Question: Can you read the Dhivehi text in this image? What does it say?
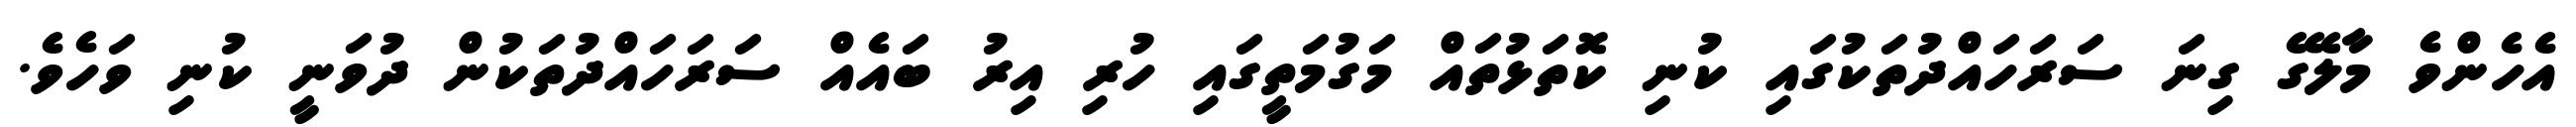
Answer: އެހެންވެ މާލޭގެ ގިނަ ސަރަހައްދުތަކުގައި ކުނި ކޮތަޅުތައް މަގުމަތީގައި ހުރި އިރު ބައެއް ސަރަހައްދުތަކުން ދުވަނީ ކުނި ވަހެވެ.